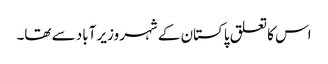
اس کا تعلق پاکستان کے شہر وزیر آباد سے تھا۔